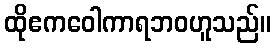
ထိုဧကဝေါကာရဘဝဟူသည်။